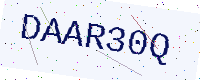
Text: DAAR30Q